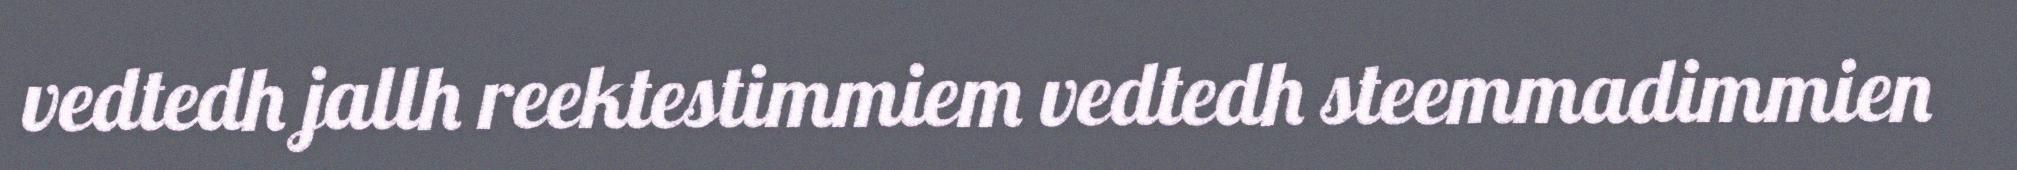
vedtedh jallh reektestimmiem vedtedh steemmadimmien